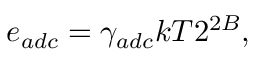
e _ { a d c } = \gamma _ { a d c } k T 2 ^ { 2 B } ,